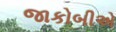
જાકોબીએ